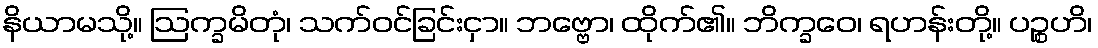
နိယာမသို့။ ဩက္ခမိတုံ၊ သက်ဝင်ခြင်းငှာ။ ဘဗ္ဗော၊ ထိုက်၏။ ဘိက္ခဝေ၊ ရဟန်းတို့။ ပဉ္စဟိ၊